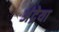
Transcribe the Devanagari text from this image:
अंद्रेया